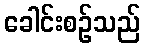
ခေါင်းစဉ်သည်